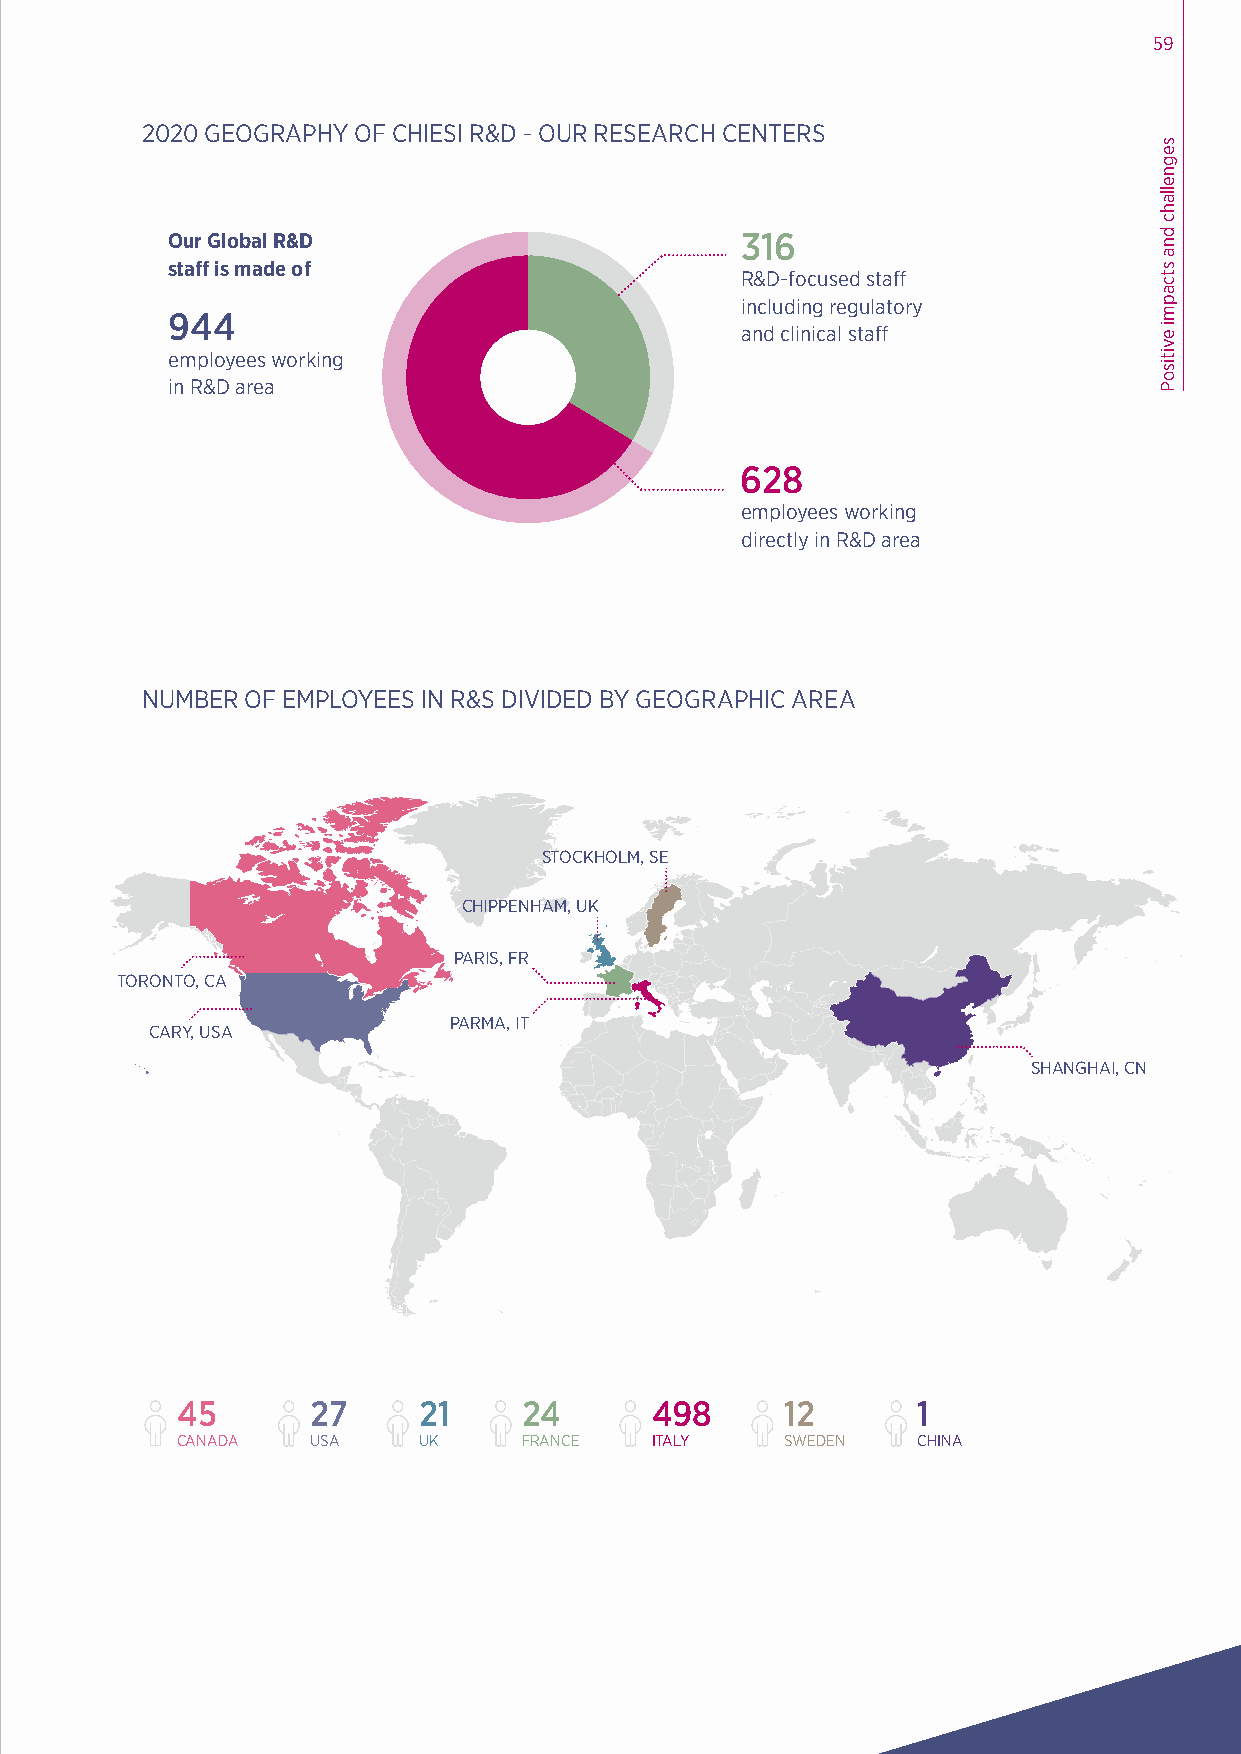
59
 2020 GEOGRAPHY OF CHIESI R&D - OUR RESEARCH CENTERS
 Our Global R&D                        316
 staff is made of
 R&D-focused staff
 including regulatory
 944
 and clinical staff
 employees working
 in R&D area
 628
 employees working
 directly in R&D area
 NUMBER OF EMPLOYEES IN R&S DIVIDED BY GEOGRAPHIC AREA
 448.3  M€
 expenses in R&D
 STOCKHOLM, SE
 CHIPPENHAM, UK
 STOCKHOLM, SE
 5%  incidence of trP aCA iHR nII iPS nP, g FE RNinH RAM&,D U*K
 TORONTO, CA
 PARIS, FR
 PARMA, IT
 TORCOANRTYO, , UCSAA
 SHANGHAI, CN
 PARMA, IT
 CARY, USA
 2.55 M€
 training expenses in R&D
 SHANGHAI, CN
 45       27     21     24      498      12       1
 CANADA   USA    UK     FRANCE  ITALY    SWEDEN   CHINA
 45       27     21     24      498      12       1
 CANADA   USA    UK     FRANCE  ITALY    SWEDEN   CHINA
 We dedicated
 20.1%
 of our revenues to R&D
 12.1% for respiratory primary care
 7% for neonatology
 32.8% for rare diseases and special care
 segnellahc
 dna
 stcapmi
 evitisoP